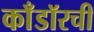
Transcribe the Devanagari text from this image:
काँडॉरची